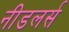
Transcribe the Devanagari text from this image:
नीडलर्स